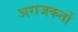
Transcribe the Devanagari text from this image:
अराजकतों